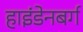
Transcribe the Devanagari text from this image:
हाइंडेनबर्ग